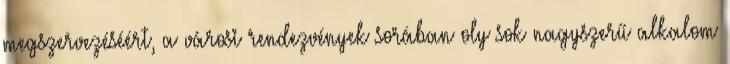
megszervezéséért, a városi rendezvények sorában oly sok nagyszerű alkalom